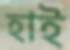
হাই